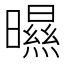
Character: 㬤